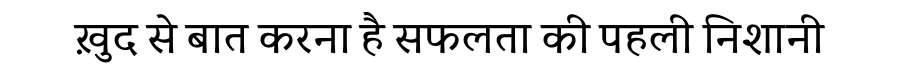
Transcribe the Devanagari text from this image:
ख़ुद से बात करना है सफलता की पहली निशानी